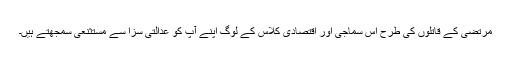
مرتضٰی کے قاتلوں کی طرح اس سماجی اور اقتصادی کلاس کے لوگ اپنے آپ کو عدالتی سزا سے مستثنٰعی سمجھتے ہیں۔